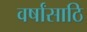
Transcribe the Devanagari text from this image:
वर्षांसाठि